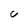
Character: u